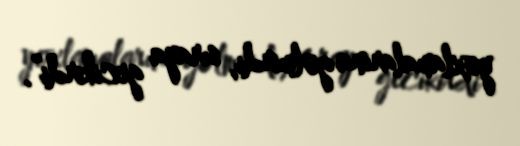
yoxlamalarına gəlmirdi, sıraya gecikirdi”.